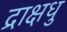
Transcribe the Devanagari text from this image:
द्राक्षधु